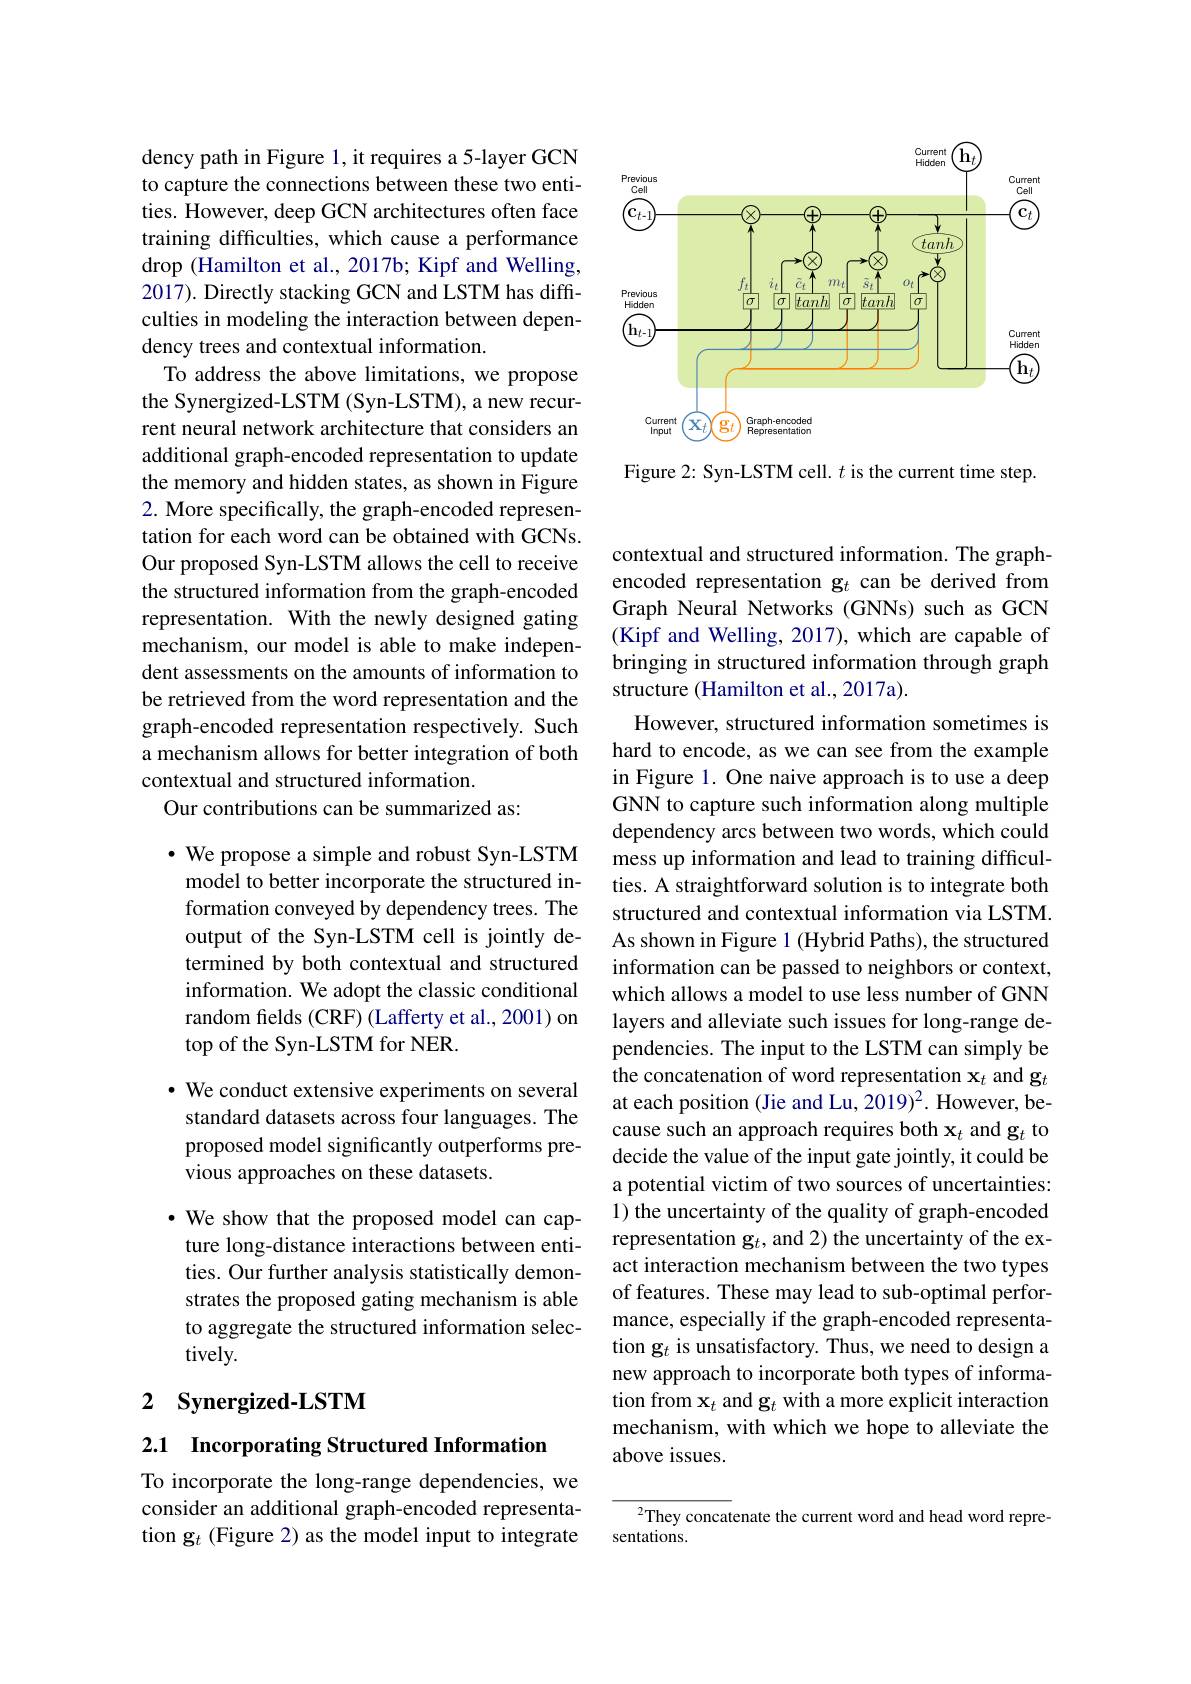
dency path in Figure 1, it requires a 5-layer GCN to capture the connections between these two entities. However, deep GCN architectures often face training difficulties, which cause a performance drop (Hamilton et al., 2017b; Kipf and Welling, 2017). Directly stacking GCN and LSTM has difficulties in modeling the interaction between dependency trees and contextual information.
To address the above limitations, we propose the Synergized-LSTM (Syn-LSTM), a new recurrent neural network architecture that considers an additional graph-encoded representation to update the memory and hidden states, as shown in Figure 2. More specifically, the graph-encoded representation for each word can be obtained with GCNs. Our proposed Syn-LSTM allows the cell to receive the structured information from the graph-encoded representation. With the newly designed gating mechanism, our model is able to make independent assessments on the amounts of information to be retrieved from the word representation and the graph-encoded representation respectively. Such a mechanism allows for better integration of both contextual and structured information.
Our contributions can be summarized as:

$\cdot$ We propose a simple and robust Syn-LSTM model to better incorporate the structured information conveyed by dependency trees. The output of the Syn-LSTM cell is jointly determined by both contextual and structured information. We adopt the classic conditional random felds (CRF) (Lafferty et al., 2001) on top of the Syn-LSTM for NER.

$\cdot$ We conduct extensive experiments on several standard datasets across four languages. The proposed model significantly outperforms previous approaches on these datasets.

$\cdot$ We show that the proposed model can capture long-distance interactions between entities. Our further analysis statistically demonstrates the proposed gating mechanism is able to aggregate the structured information selectively.

## 2 Synergized-LSTM

2.1 Incorporating Structured Information

To incorporate the long-range dependencies, we consider an additional graph-encoded representation g$_t$ (Figure 2) as the model input to integrate

<FigureHere>

Figure 2: Syn-LSTM cell. $t$ is the current time step.

contextual and structured information. The graphencoded representation g$_t$ can be derived from Graph Neural Networks (GNNs) such as GCN (Kipf and Welling, 2017), which are capable of bringing in structured information through graph structure (Hamilton et al., 2017a).
However, structured information sometimes is hard to encode, as we can see from the example in Figure 1. One naive approach is to use a deep GNN to capture such information along multiple dependency arcs between two words, which could mess up information and lead to training difficulties. A straightforward solution is to integrate both structured and contextual information via LSTM. As shown in Figure 1 (Hybrid Paths), the structured information can be passed to neighbors or context, which allows a model to use less number of GNN layers and alleviate such issues for long-range dependencies. The input to the LSTM can simply be the concatenation of word representation $\mathbf{x}_t$ and g$_t$ at each position (Jie and Lu, 2019)$^{2}.$ However, because such an approach requires both $\mathbf{x}_t$ and g$_t$ to decide the value of the input gate jointly, it could be a potential victim of two sources of uncertainties: 1) the uncertainty of the quality of graph-encoded representation g$_t$, and 2) the uncertainty of the exact interaction mechanism between the two types of features. These may lead to sub-optimal performance, especially if the graph-encoded representation g$_t$ is unsatisfactory. Thus, we need to design a new approach to incorporate both types of information from $\mathbf{x}_t$ and g$_t$ with a more explicit interaction mechanism, with which we hope to alleviate the above issues.

$^{2}$They concatenate the current word and head word repre-
sentations.